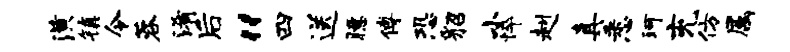
潢镇令蓉淆后“四送臆傅恐貂小悴赳真悉珂充仿属